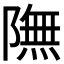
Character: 𨼊